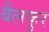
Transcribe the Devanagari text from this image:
बैलफुर